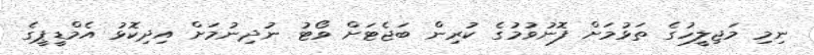
ނިމި މަޖިލީހުގެ ތަޅުމަށް ފޮނުވުމުގެ ކުރިން ބަޖެޓަށް ވޯޓު ނުދިނުމަށް އިދިކޮޅު އެމްޑީޕީގެ